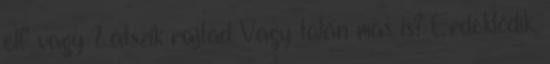
elf vagy Látszik rajtad Vagy talán más is? Érdeklődik,